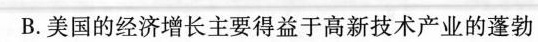
B.美国的经济增长主要得益于高新技术产业的蓬勃